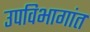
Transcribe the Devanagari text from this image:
उपविभागांत